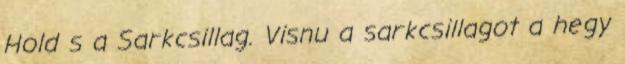
Hold s a Sarkcsillag. Visnu a sarkcsillagot a hegy